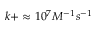
k + \approx 1 0 ^ { 7 } M ^ { - 1 } s ^ { - 1 }